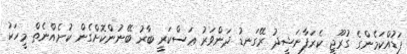
ފަޑުއްކަމެންގެ ގުރޫޖީ ކެރަފާނަޝީދު ރޭގަނޑު ދަންވަރު ޢަސްކަރީ ބާރު ބޭނުންކޮށްގެން ކުށެއްނެތް މީހަކު